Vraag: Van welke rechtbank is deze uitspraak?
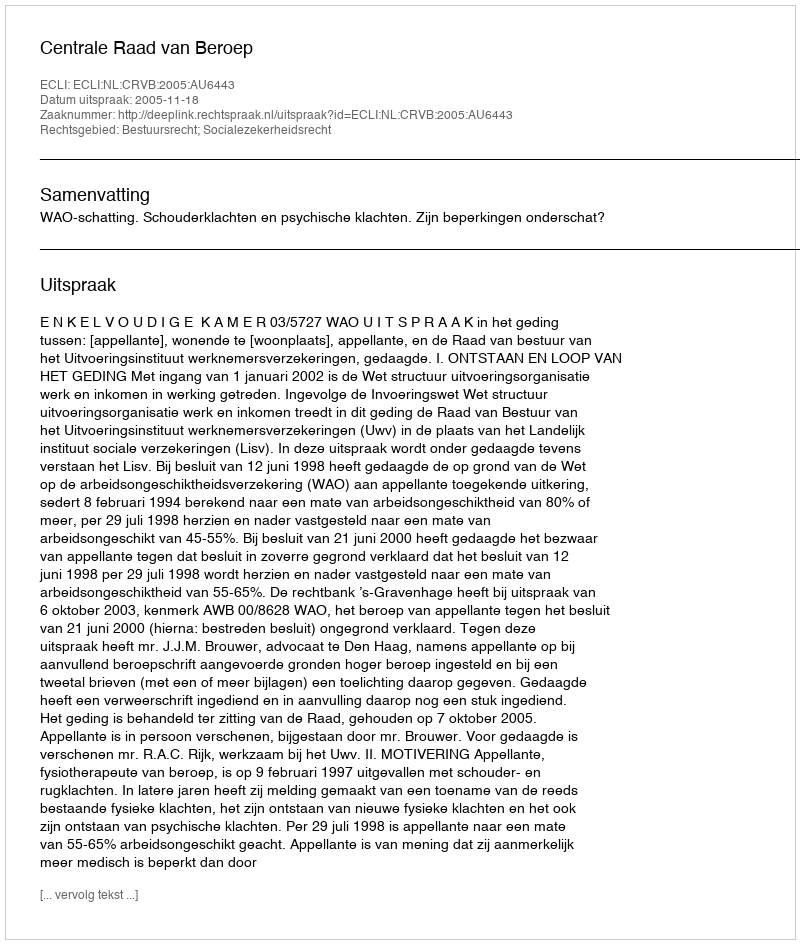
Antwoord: Centrale Raad van Beroep